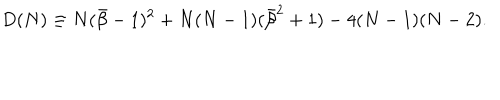
D ( N ) \equiv N ( { \bar { \beta } } - 1 ) ^ { 2 } + N ( N - 1 ) ( { \bar { \beta } } ^ { 2 } + 1 ) - 4 ( N - 1 ) ( N - 2 ) .